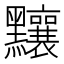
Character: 𪓃